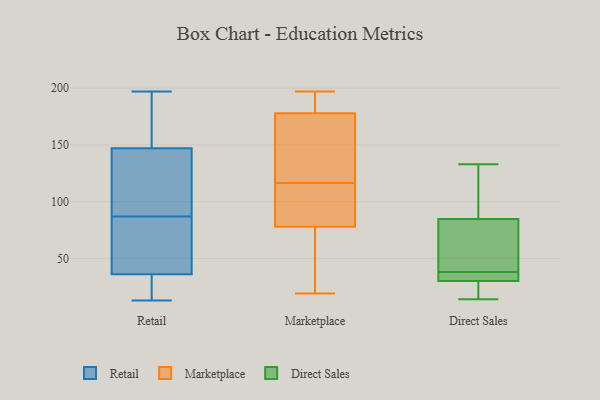
{"axis": {"x": "Population (Million)", "y": "Value"}, "legend": ["Direct Sales", "Marketplace", "Retail"], "data": [{"x": "", "y": 105, "type": "Retail"}, {"x": "", "y": 66, "type": "Retail"}, {"x": "", "y": 129, "type": "Retail"}, {"x": "", "y": 172, "type": "Retail"}, {"x": "", "y": 16, "type": "Retail"}, {"x": "", "y": 165, "type": "Retail"}, {"x": "", "y": 84, "type": "Retail"}, {"x": "", "y": 197, "type": "Retail"}, {"x": "", "y": 38, "type": "Retail"}, {"x": "", "y": 90, "type": "Retail"}, {"x": "", "y": 44, "type": "Retail"}, {"x": "", "y": 117, "type": "Retail"}, {"x": "", "y": 34, "type": "Retail"}, {"x": "", "y": 194, "type": "Retail"}, {"x": "", "y": 172, "type": "Retail"}, {"x": "", "y": 124, "type": "Retail"}, {"x": "", "y": 26, "type": "Retail"}, {"x": "", "y": 13, "type": "Retail"}, {"x": "", "y": 75, "type": "Retail"}, {"x": "", "y": 29, "type": "Retail"}, {"x": "", "y": 109, "type": "Marketplace"}, {"x": "", "y": 97, "type": "Marketplace"}, {"x": "", "y": 197, "type": "Marketplace"}, {"x": "", "y": 19, "type": "Marketplace"}, {"x": "", "y": 168, "type": "Marketplace"}, {"x": "", "y": 189, "type": "Marketplace"}, {"x": "", "y": 124, "type": "Marketplace"}, {"x": "", "y": 105, "type": "Marketplace"}, {"x": "", "y": 167, "type": "Marketplace"}, {"x": "", "y": 188, "type": "Marketplace"}, {"x": "", "y": 33, "type": "Marketplace"}, {"x": "", "y": 59, "type": "Marketplace"}, {"x": "", "y": 29, "type": "Direct Sales"}, {"x": "", "y": 133, "type": "Direct Sales"}, {"x": "", "y": 72, "type": "Direct Sales"}, {"x": "", "y": 33, "type": "Direct Sales"}, {"x": "", "y": 89, "type": "Direct Sales"}, {"x": "", "y": 33, "type": "Direct Sales"}, {"x": "", "y": 17, "type": "Direct Sales"}, {"x": "", "y": 38, "type": "Direct Sales"}, {"x": "", "y": 39, "type": "Direct Sales"}, {"x": "", "y": 14, "type": "Direct Sales"}, {"x": "", "y": 92, "type": "Direct Sales"}]}